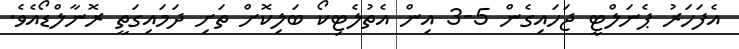
އެފަހަރު ޕެނަލްޓީ ޖަހައިގެން 5-3 އިން އެތުލެޓިކޯ ބަލިކޮށް ތަށި ދަމައިގަތީ ރޮނާލްޑޯއެވެ.